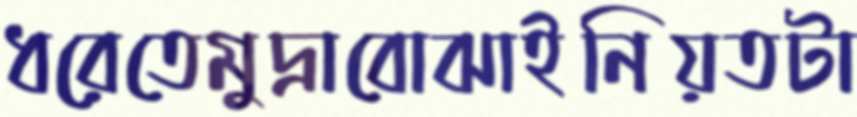
ধরেতেমুদ্রাবোঝাইনিয়তটা